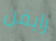
رايفن